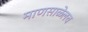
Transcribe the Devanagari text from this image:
माणसाळेलच